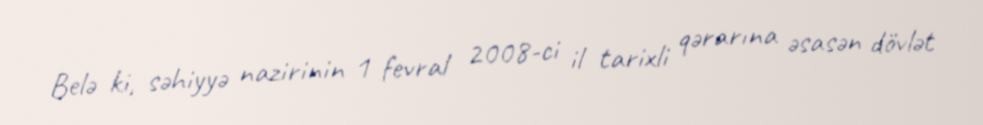
Belə ki, səhiyyə nazirinin 1 fevral 2008-ci il tarixli qərarına əsasən dövlət